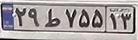
۲۹ط۷۵۵۱۳